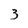
Character: 3